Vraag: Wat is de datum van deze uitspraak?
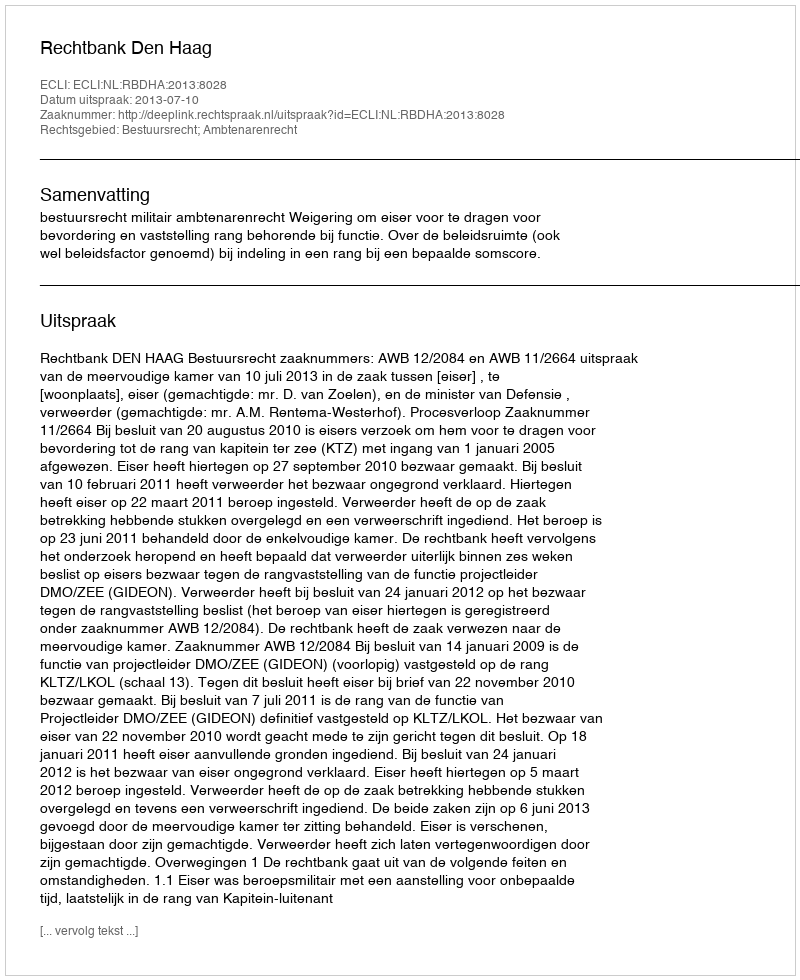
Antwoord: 2013-07-10